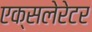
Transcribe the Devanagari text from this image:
एक्सलेरेटर